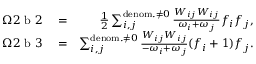
\begin{array} { r l r } { \Omega 2 \mathrm { ~ b ~ } 2 } & { { } = } & { \frac { 1 } { 2 } \sum _ { i , j } ^ { \mathrm { d e n o m . } \neq 0 } \frac { W _ { i j } W _ { i j } } { \omega _ { i } + \omega _ { j } } f _ { i } f _ { j } , } \\ { \Omega 2 \mathrm { ~ b ~ } 3 } & { { } = } & { \sum _ { i , j } ^ { \mathrm { d e n o m . } \neq 0 } \frac { W _ { i j } W _ { i j } } { - \omega _ { i } + \omega _ { j } } ( f _ { i } + 1 ) f _ { j } . } \end{array}